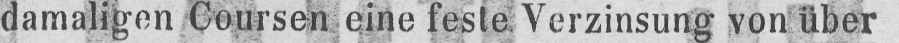
damaligen Coursen eine feste Verzinsung von über